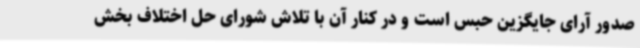
صدور آرای جایگزین حبس است و در کنار آن با تلاش شورای حل اختلاف بخش